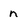
Character: n